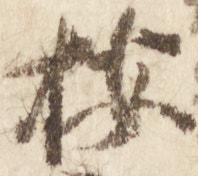
按